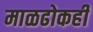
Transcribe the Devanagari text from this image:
माळढोकही